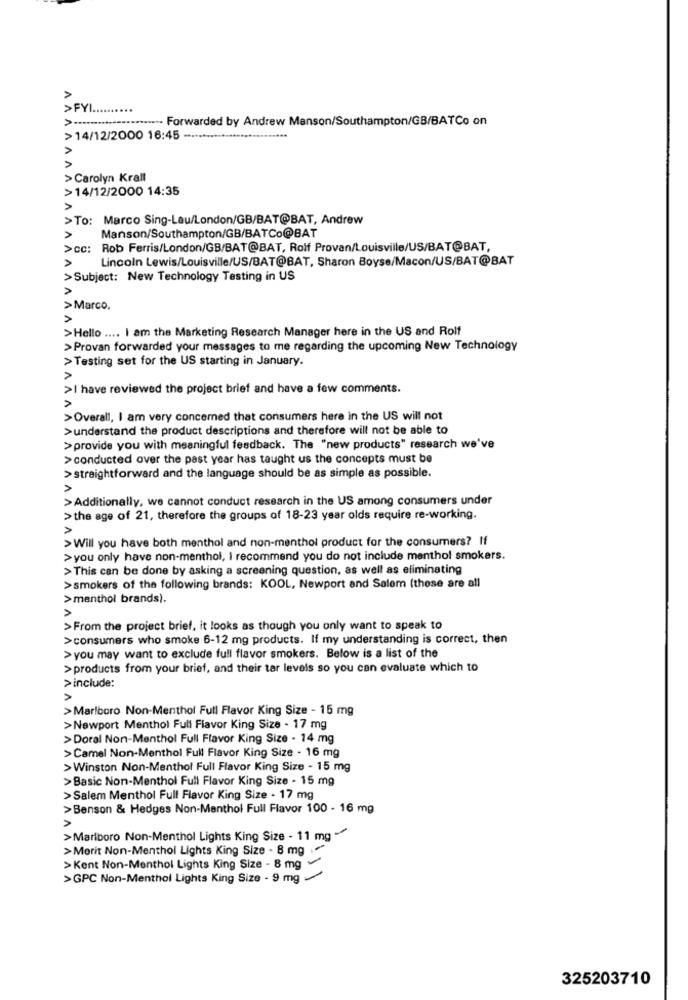
>
>FYI.
> -----
-- Forwarded by Andrew Manson/Southampton/GB/BATCo on
>14/12/2000 16:45
>
> Carolyn Krall
>14/12/2000 14:35
> To: Marco Sing-Lau/London/GB/BAT@BAT, Andrew
Manson/Southampton/GB/BATCo@BAT
>cc: Rob Ferris/London/GB/BAT@BAT, Rolf Provan/Louisville/US/BAT@BAT,
Lincoln Lewis/Louisville/US/BAT@BAT, Sharon Boyse/Macon/US/BAT@BAT
>Subject: New Technology Testing in US
>Marco.
>
>Hello .... I am the Marketing Research Manager here in the US and Rolf
>Provan forwarded your messages to me regarding the upcoming New Technology
>Testing set for the US starting in January.
>
>I have reviewed the project brief and have a few comments.
>Overall, I am very concerned that consumers here in the US will not
>understand the product descriptions and therefore will not be able to
>provide you with meaningful feedback. The "new products" research we've
> conducted over the past year has taught us the concepts must be
>straightforward and the language should be as simple as possible.
>
>Additionally, we cannot conduct research in the US among consumers under
>the age of 21, therefore the groups of 18-23 year olds require re-working.
>
>Will you have both menthol and non-menthol product for the consumers? If
>you only have non-menthol, I recommend you do not include menthol smokers.
>This can be done by asking a screening question, as well as eliminating
>smokers of the following brands: KOOL, Newport and Salem (these are all
>menthol brands).
>
>From the project brief, it looks as though you only want to speak to
>consumers who smoke 6-12 mg products. If my understanding is correct, then
> you may want to exclude full flavor smokers. Below is a list of the
>products from your brief, and their tar levels so you can evaluate which to
>include:
>
>Marlboro Non-Menthol Full Flavor King Size - 15 mg
>Newport Menthol Full Flavor King Size - 17 mg
>Doral Non-Menthol Full Flavor King Size - 14 mg
>Camel Non-Menthol Full Flavor King Size - 16 mg
>Winston Non-Menthol Full Flavor King Size - 15 mg
>Basic Non-Menthol Full Flavor King Size - 15 mg
>Salem Menthol Full Flavor King Size - 17 mg
>Benson & Hedges Non-Menthol Full Flavor 100 - 16 mg
>Marlboro Non-Menthol Lights King Size - 11 mg /
>Merit Non-Menthol Lights King Size - 8 mg .
>Kent Non-Menthol Lights King Size - 8 mg
>GPC Non-Menthol Lights King Size - 9 mg -
325203710